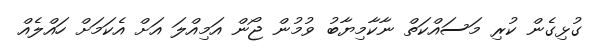
ގުޅިގެން ކުރި މަސައްކަތް ނާކާމިޔާބު ވުމުން ޖޯން އަމިއްލަ އަށް އެކަމަށް ހައްލެއް